Vaccination in the Punjab 1867-1880 - 1867-1880
Year: 1867
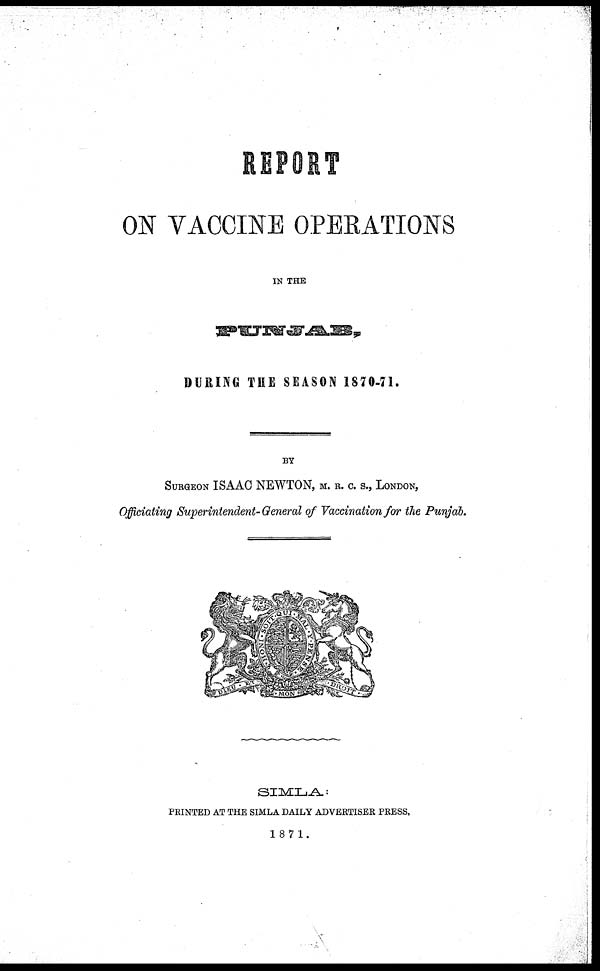
REPORT
ON VACCINE OPERATIONS
IN THE
PUNJAB
DURING THE SEASON 1870-71.
BY
SURGEON ISAAC NEWTON, M. R. C. S., LONDON,
Officiating Superintendent-General of Vaccination for the Punjab.
SIMLA:
PRINTED AT THE SIMLA DAILY ADVERTISER PRESS,
1871.